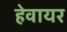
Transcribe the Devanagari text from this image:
हेवायर